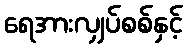
ရေအားလျှပ်စစ်နှင့်